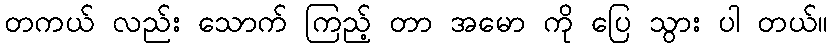
တကယ် လည်း သောက် ကြည့် တာ အမော ကို ပြေ သွား ပါ တယ်။